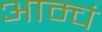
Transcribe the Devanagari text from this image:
आम्चं